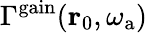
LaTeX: \Gamma^{\mathrm{gain}}(\mathbf{r}_{0},\omega_{\mathrm{a}})